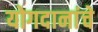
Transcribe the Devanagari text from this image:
योगदानांचे